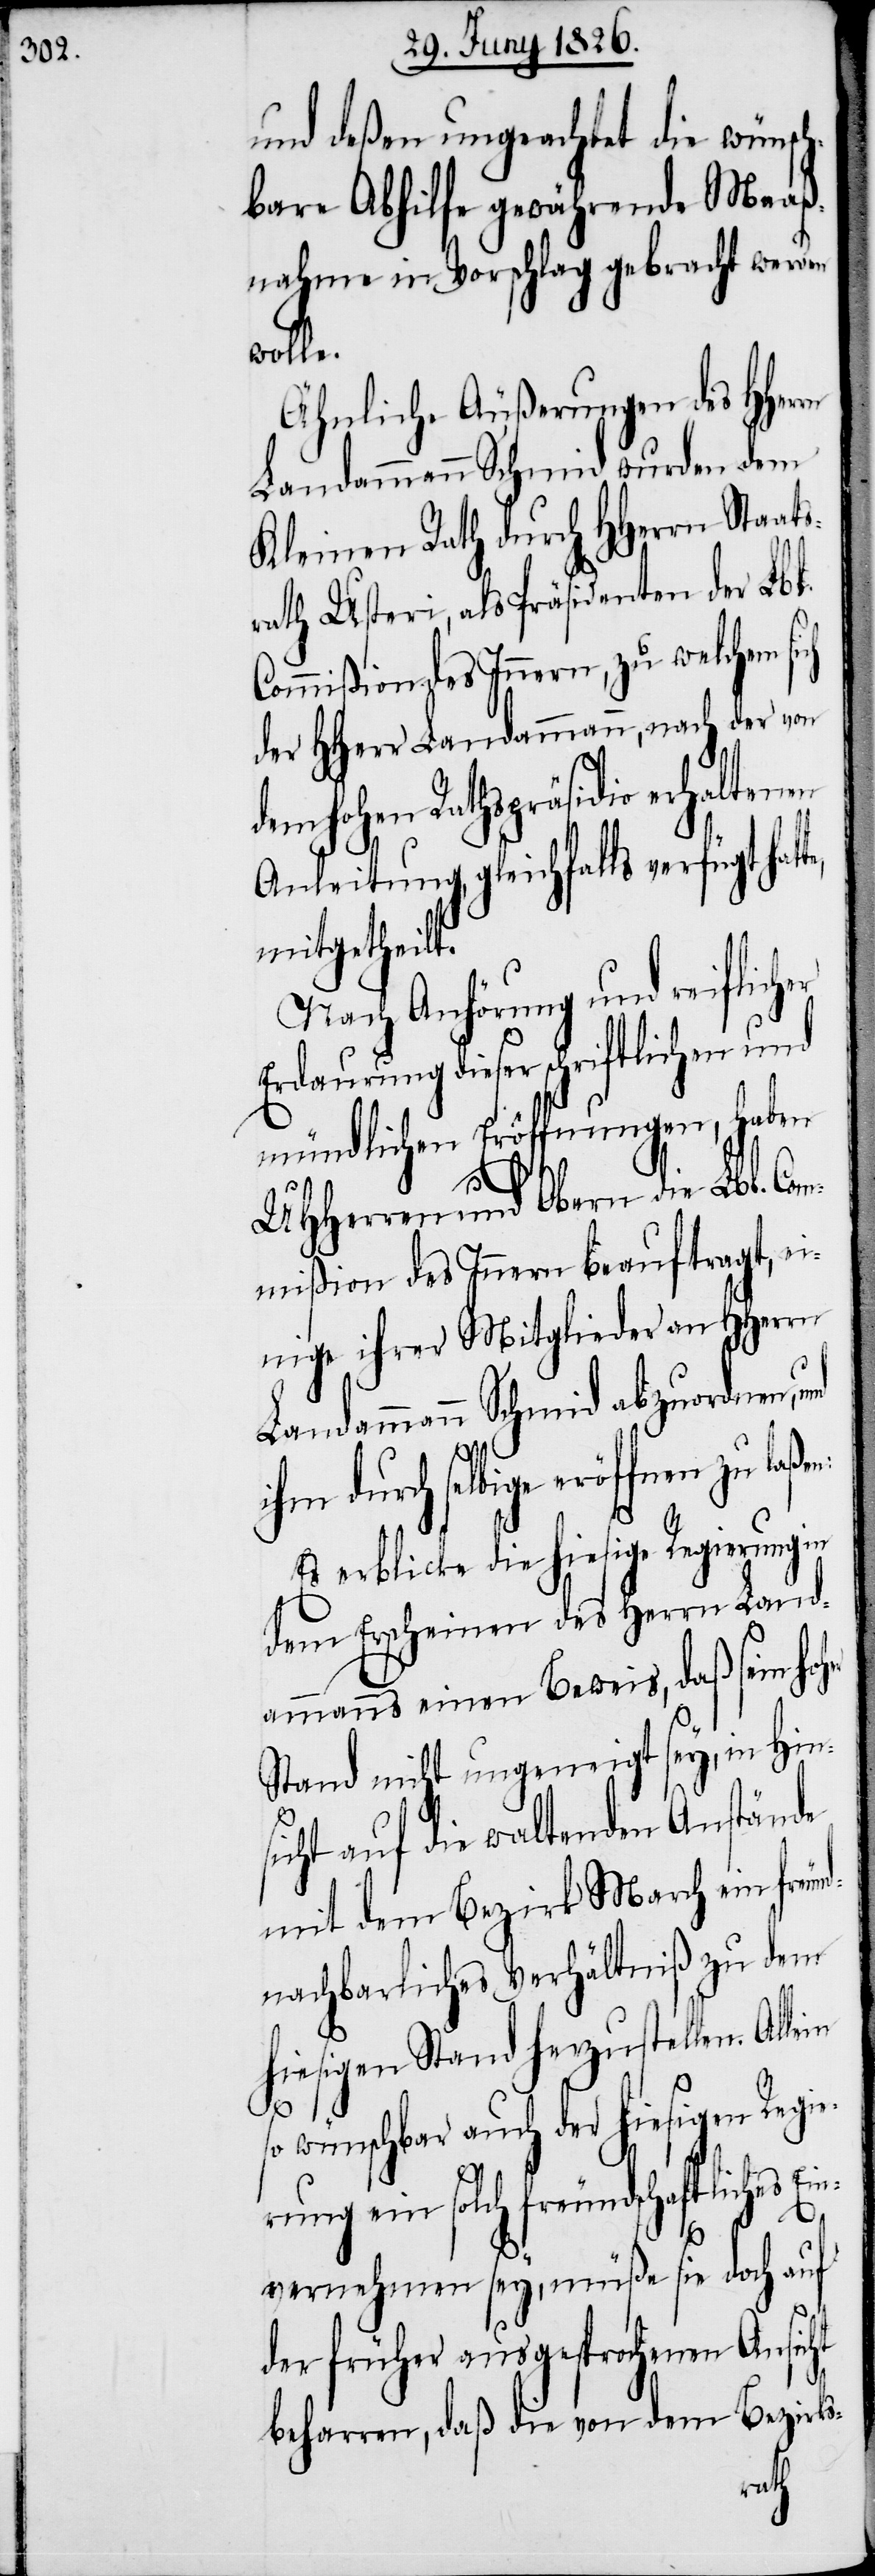
und deßen ungeachtet die wün¬
bare Abhilfe gewährende Maaß¬
nahme in Vorschlag gebracht werden
wolle.
Ähnliche Äußerungen des HHer¬
Landammann Schmid wurden dem
Kleinen Rath durch HHerrnStaat¬
rath Usteri, als Präsidenten der Lbl.
Commißion des Innern, zu welchem s¬
der HHerr Landammann, nach der von
hohen Rathspräsidio erhalten¬
Anleitung, gleichfalls verfügt hat¬
mitgetheilt.
Nach Anhörung und reiflich¬
Erdaurung dieser schriftlichen und
mündlichen Eröffnungen, haben
UHHerren und Obern die Lbl. Co¬
mmißion des Innern beauftragt,
nige ihrer Mitglieder an HHerrn
Landammann Schmid abzuordnen, und
ihm durch selbige eröffnen zu
Es erblicke die hiesige Regierung in
dem Erscheinen des Herrn Land¬
ammanns einen Beweis, daß sein ho¬
Stand nicht ungeneigt sey, in Hin¬
sicht auf die waltenden Anstände
mit dem Bezirk March ein freu¬
nachbarliches Verhältniß zu dem
hiesigen Stand herzustellen. All¬
so wünschbar auch der hiesigen Regi¬
erung ein solch freundschaftliches Ein¬
nd¬
ht
te,
vernehmen sey, müße sie doch auf
der früher ausgesprochenen Ansic¬
beharren, daß die von dem Bezirks-
ein